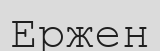
Ержен